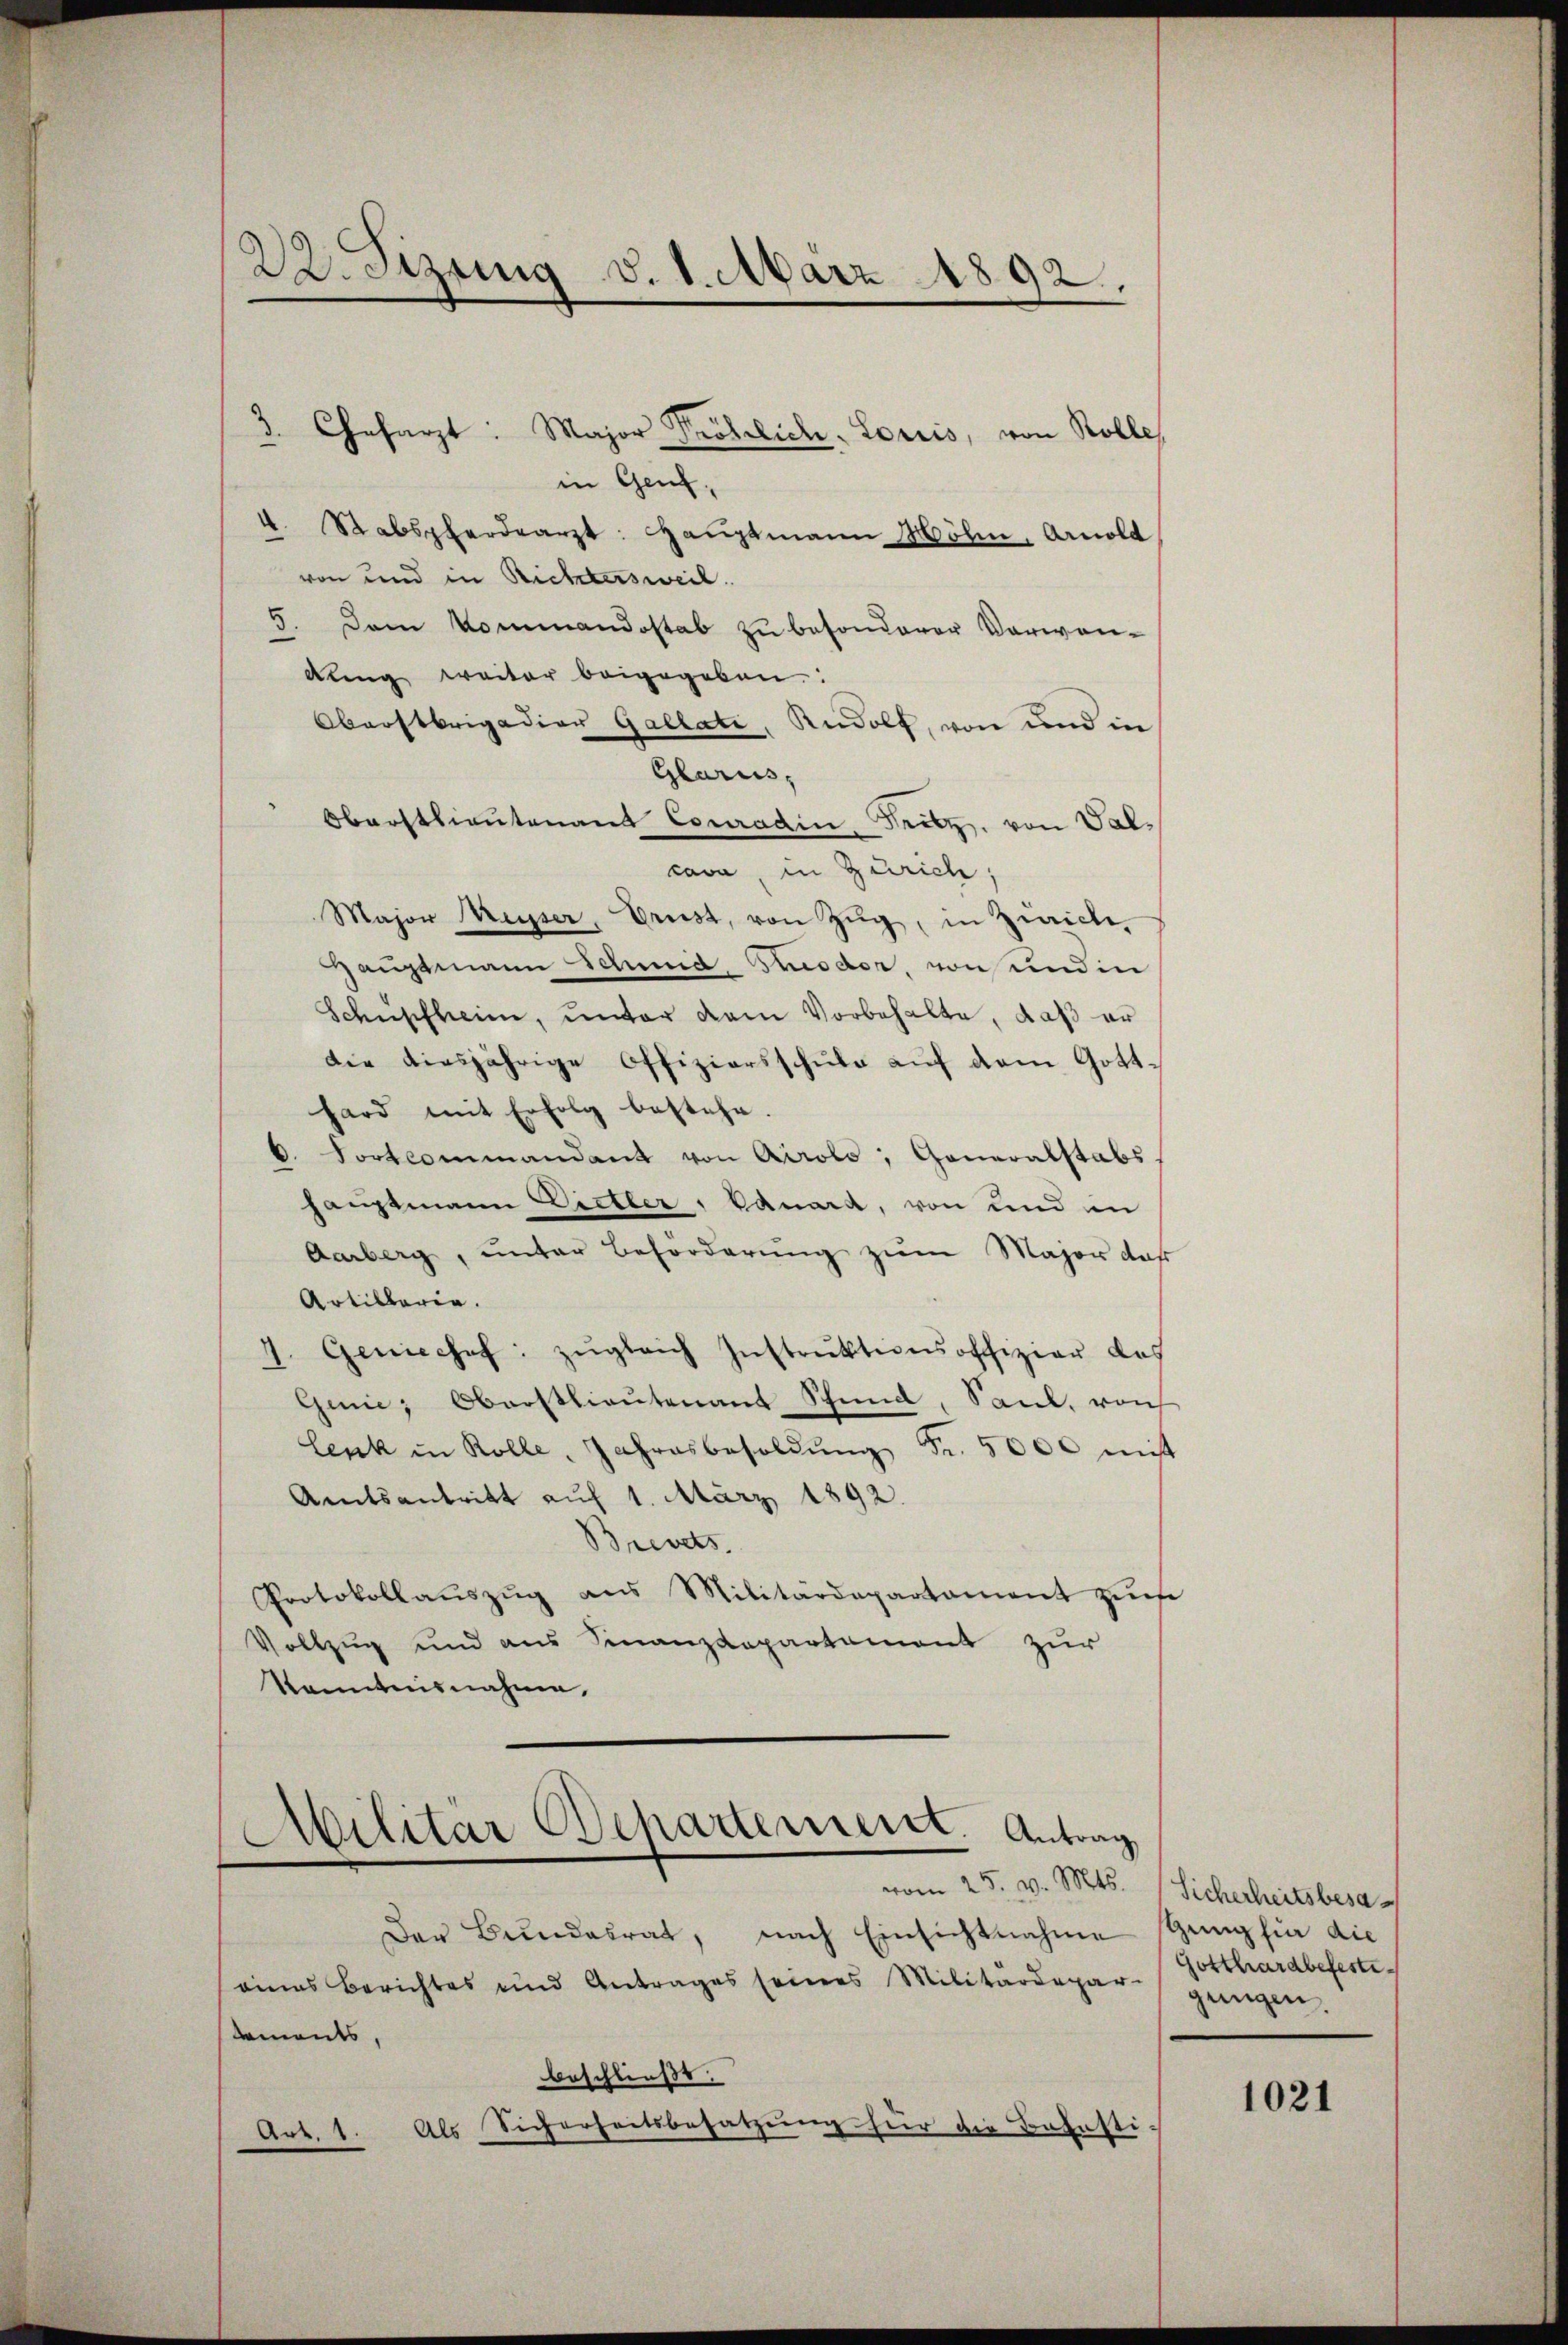
in Genf,
4. Stabspferdearzt: Haŭptmann Mölin, Arnold
von und in Richtersweil.
5. Dem Kommandostab zu besonderer Verwen-
dung weiter beigegeben.
Oberstbrigadier Gallati, Rudolf, von und in
Glarus,
Oberstlieutenant Conradin, Fritz, von Val-
cava, in Zürich,
Major Musser, Prust, von Zŭg, in Zürich
Hauptmann Schmid, Prsdor, von und in
Schüpfheim, unter dem Vorbehalte, daß er
die diesjährige Offiziersschule auf dem Gotthard mit Erfolg bestehe.
d. Dortcommandant von Airolo, Generalstabs
hauptmann Dietler, kannt, von und in
Aarberg, unter Beförderung zum Major daß
Artillerie.
4. Geniechef zŭgleich Instrŭktionsoffizier das
Gune, Oberstlieutenant Schind, Sand, von
Lenk in Rolle, Jahresbesoldŭng Fr. 5000 mit
Amtsantritt auf 1. März 1892.
Brevets.
Protokollauszug aus Militärdepartament zŭs
Vollzug und aus Finanzdepartement zur
Kenntnisnahme,

22. Sizung d. 1. März 1892,

“

3. Chefarzt: Major Fröhlich-Loriis, von Rolle,

Militar Departement. Antrag
vom 25. v. Mts. Sicherheitsbesa

Der Bundesrat, nach Einsichtnahme Gang für die
eines Berichtes und Antrages seines Militärdepar-
stements,
beschließt:
Als Sicherheitsbesatzung hier die Bahnsti¬
Art. 4.

Gotthardbefestigungen,

1021